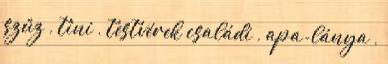
szűz , tini , testvérek családi , apa-lánya ,